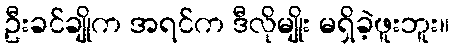
ဦးခင်ချိုက အရင်က ဒီလိုမျိုး မရှိခဲ့ဖူးဘူး။